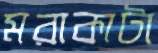
মরাকাটা